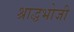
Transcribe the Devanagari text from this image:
श्राद्धभोजी